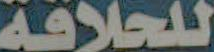
للحلاقة